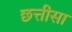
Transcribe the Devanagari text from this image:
छत्तीसा